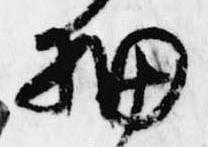
細